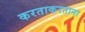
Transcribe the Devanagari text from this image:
करताकरताना